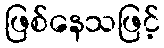
ဖြစ်နေသဖြင့်